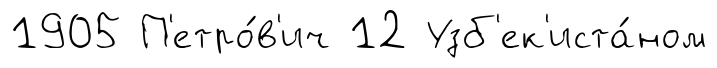
1905 П'етро́в'ич 12 Узб'ек'иста́ном